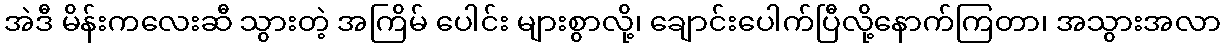
အဲဒီ မိန်းကလေးဆီ သွားတဲ့ အကြိမ် ပေါင်း များစွာလို့၊ ချောင်းပေါက်ပြီလို့နောက်ကြတာ၊ အသွားအလာ